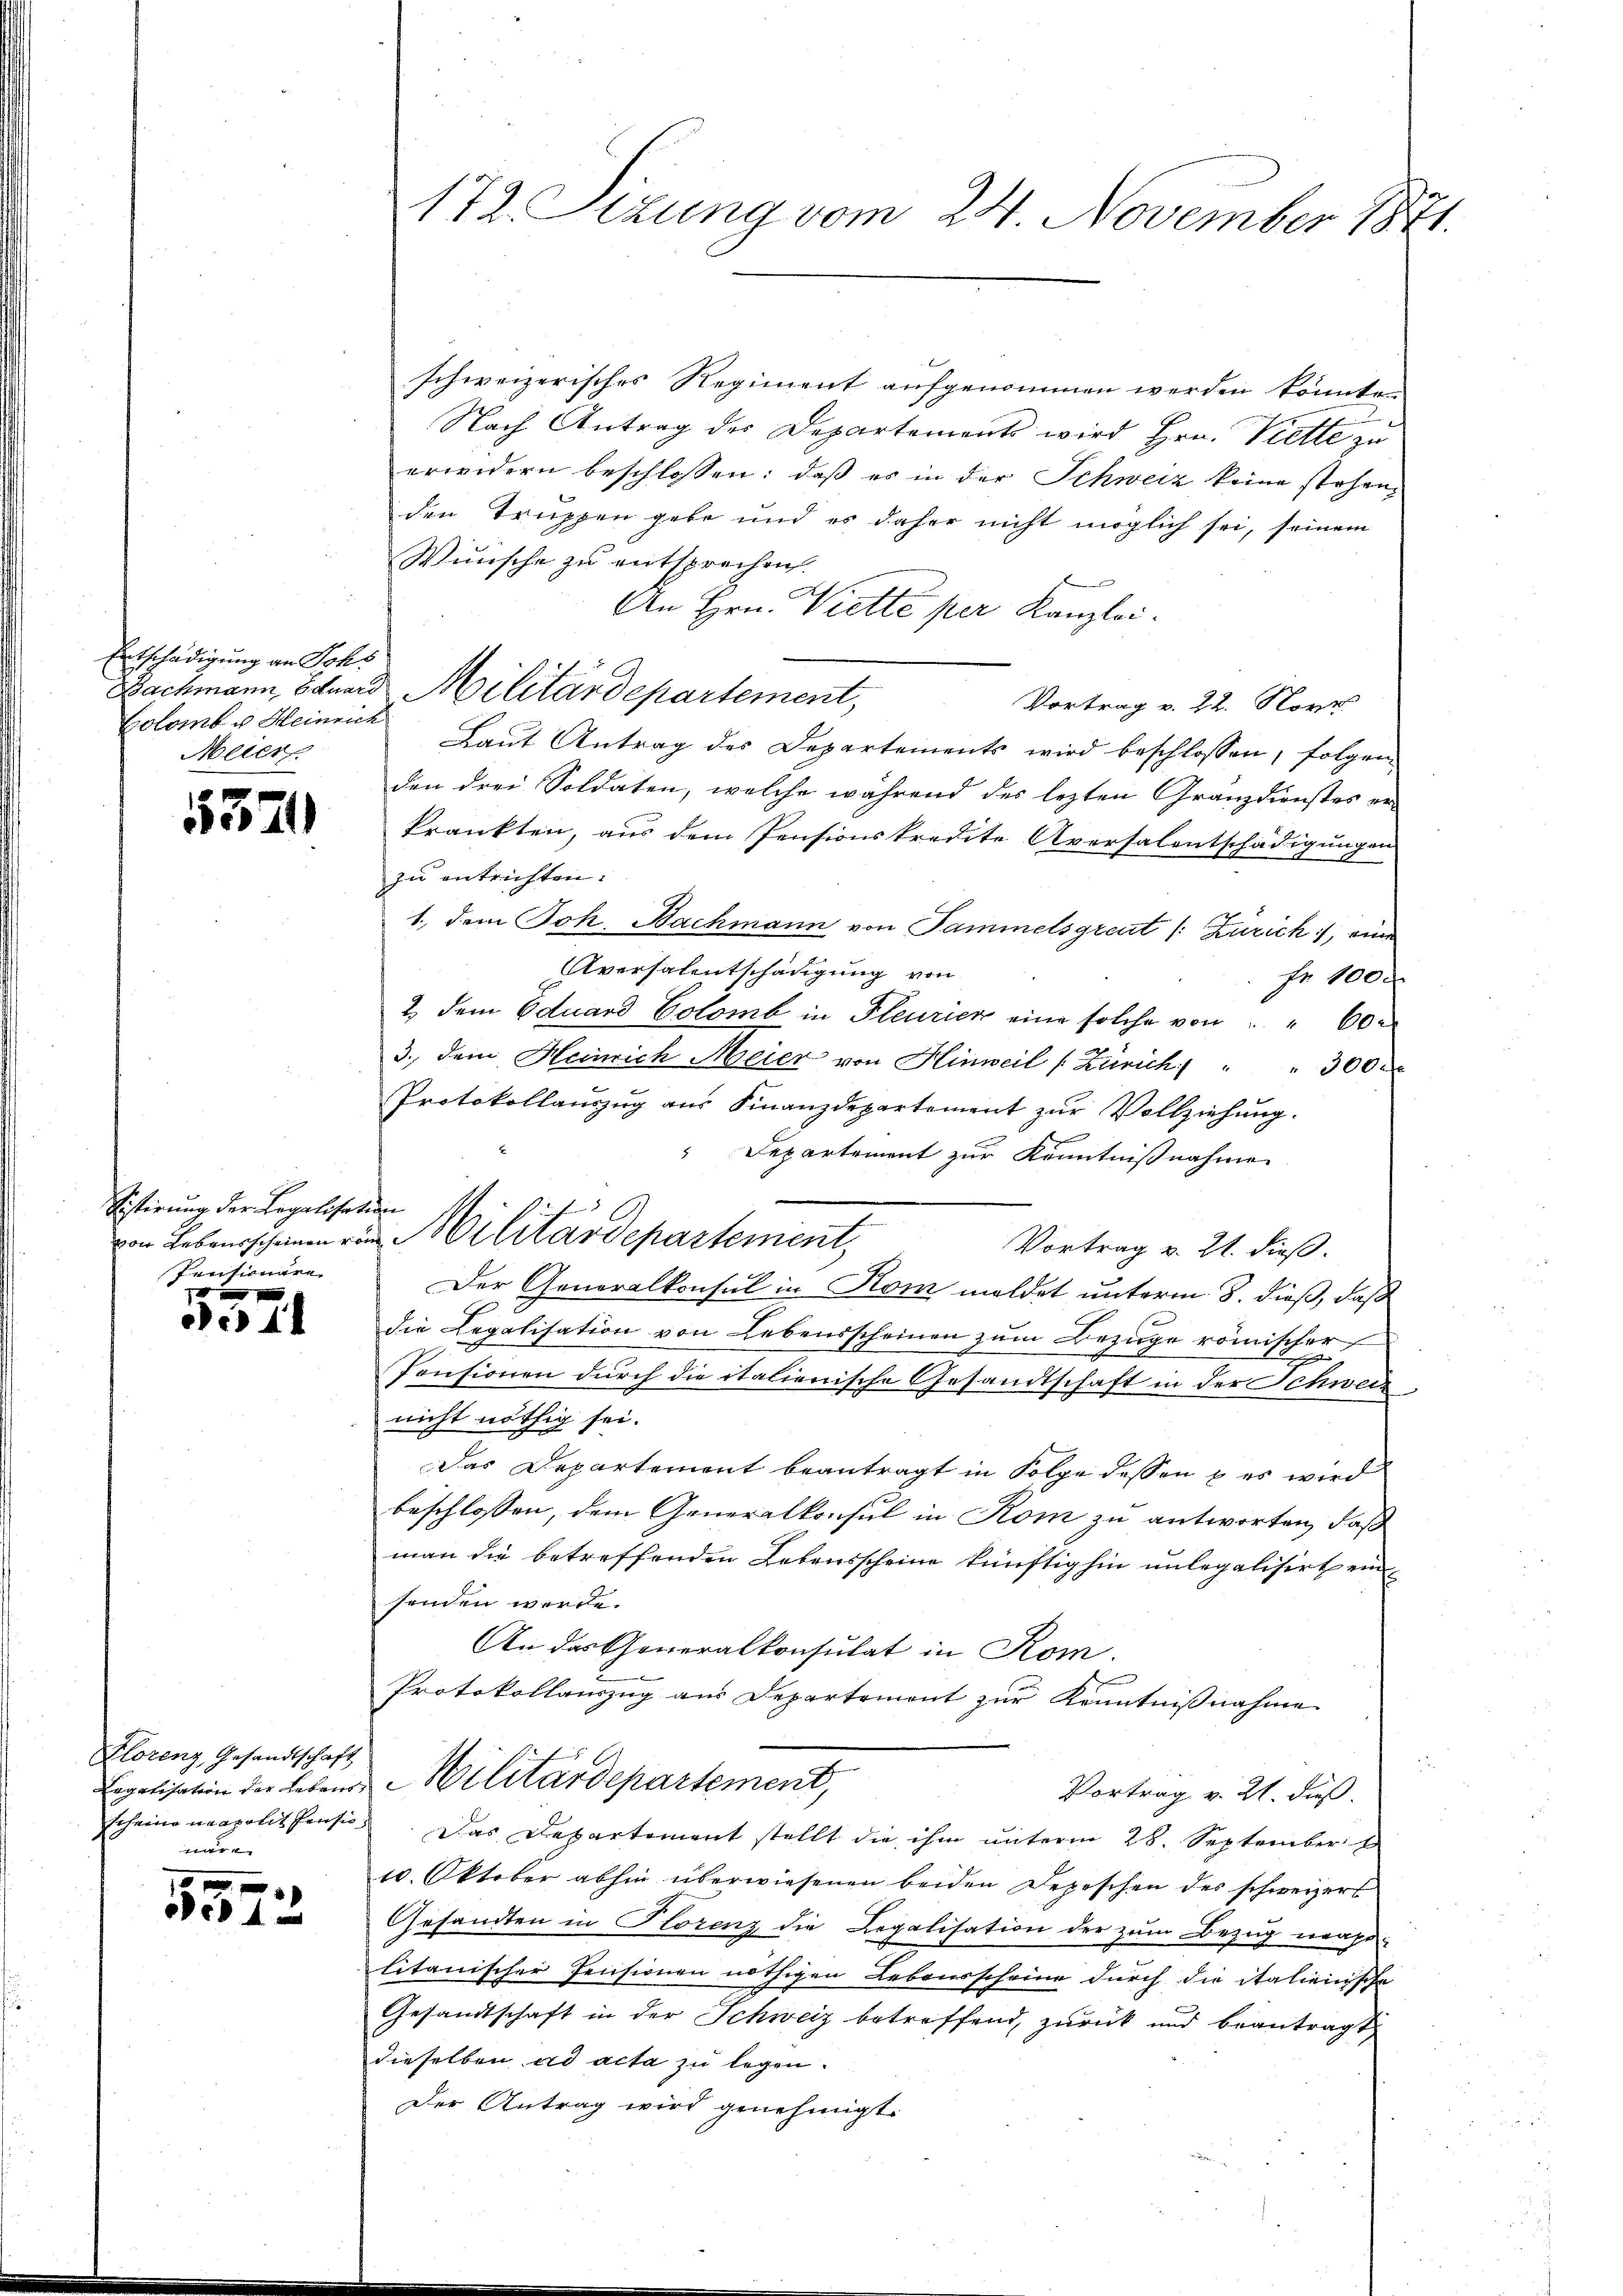
Entschädigung an Johs
Colomb u Heinrich
Meier

5371

Sistirung der Legalisation
Pensionäre

x
c 44

Florenz, Gesandtschaft
are

0 x
De 4

schweizerisches Regiment aufgenommen werden könnten
Nach Antrag des Departements wird Hrn. Kette zu
erwidern beschlossen: daß es in der Schweiz keine stehen,
den Truppen gebe und es daher nicht möglich sei, seinem
Wünsche zu entsprechen.
.
An Hrn. Wette per Kanzlei.
Vortrag v. 22. Nove
Laŭt Antrag des Departements wird beschlossen, folgen
den drei Soldaten, welche während des lezten Granzdienstes erkrankten, aus dem Pensionskredite Aversalentschädigungen
zu entrichten.
1., dem Joh. Bachmann von Sammelsgreut /: Zürich, eine
Aversalentschädigung von
Fr 1000
2, dem Eduard Colomb in Fleurien eine solche von " " 60
3., dem Heinrich Meier von Hinweil (Zürich) " " 300
Protokollauszug aus Finanzdepartement zur Vollziehung.
" Departement zur Kenntnißnahme
Vortrag v. 21. dieß.
Der Generalkonsul in Rom meldet unterm 8. dieß, daß
die Legalisation von Lebensscheinen zum Bezuge römischer
.
Pensionen durch die italienische Gesandtschaft in der Schweiz
nicht nöthig sei.
Das Departement beantragt in Folge dessen & es wird
beschlossen, dem Generalkonsul in Rom zu antworten, daß
man die betreffenden Lebensscheine künftighin unlegalisirt ein
senden werde.
An das Generalkonsulat in Kom
Protokollauszug aus Departemont zur Kenntnißnahme
Legalisation der Lebend Militärdepartement,
Vortrag v. 21. dieß.
scheine neapolit pension. Das Departement stellt die ihm unterm 28. September
10. Oktober abhin überwiesenen beiden Depeschen des schweizers
Gesandten in Florenz die Legalisation der zum Bezug erapilitanischer Pensionen nöthigen Lebensscheine durch die italienische
Gesandtschaft in der Schweiz betreffend, zurück und beantragt
dieselben ad acta zu legen.
Der Antrag wird genehmigt.

172. Sizung vom 24. November 1871

Bachmann, Eduard Militärdepartement,

von Lebensscheinen in Militärdepartement,